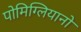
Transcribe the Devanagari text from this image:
पोमिग्लियानो